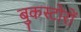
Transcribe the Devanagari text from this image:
बुकस्टोरों